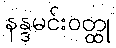
နန္ဒမင်းဝတ္ထု